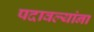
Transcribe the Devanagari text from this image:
पदावल्यांना